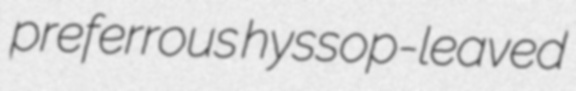
preferrous hyssop-leaved